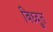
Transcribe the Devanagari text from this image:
विध्दुत